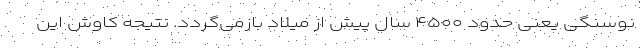
نوسنگی یعنی حدود ۴۵۰۰ سال پیش از میلاد بازمی‌گردد. نتیجه کاوش این